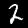
Digit: 2